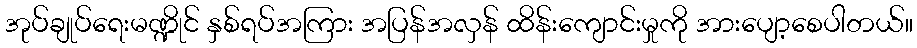
အုပ်ချုပ်ရေးမဏ္ဍိုင် နှစ်ရပ်အကြား အပြန်အလှန် ထိန်းကျောင်းမှုကို အားပျော့စေပါတယ်။